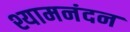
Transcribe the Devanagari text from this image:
श्यामनंदन